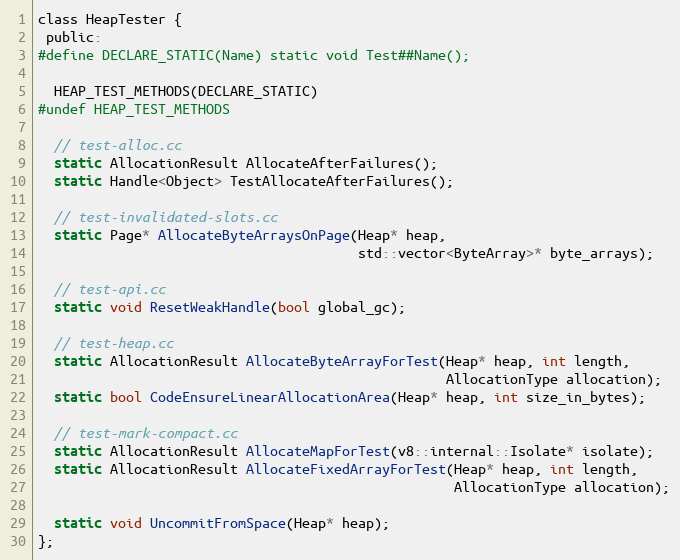
Language: C
class HeapTester {
 public:
#define DECLARE_STATIC(Name) static void Test##Name();

  HEAP_TEST_METHODS(DECLARE_STATIC)
#undef HEAP_TEST_METHODS

  // test-alloc.cc
  static AllocationResult AllocateAfterFailures();
  static Handle<Object> TestAllocateAfterFailures();

  // test-invalidated-slots.cc
  static Page* AllocateByteArraysOnPage(Heap* heap,
                                        std::vector<ByteArray>* byte_arrays);

  // test-api.cc
  static void ResetWeakHandle(bool global_gc);

  // test-heap.cc
  static AllocationResult AllocateByteArrayForTest(Heap* heap, int length,
                                                   AllocationType allocation);
  static bool CodeEnsureLinearAllocationArea(Heap* heap, int size_in_bytes);

  // test-mark-compact.cc
  static AllocationResult AllocateMapForTest(v8::internal::Isolate* isolate);
  static AllocationResult AllocateFixedArrayForTest(Heap* heap, int length,
                                                    AllocationType allocation);

  static void UncommitFromSpace(Heap* heap);
};